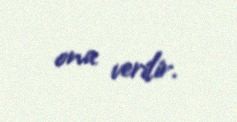
ona verilir.